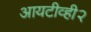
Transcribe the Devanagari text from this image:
आयटीव्ही२